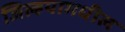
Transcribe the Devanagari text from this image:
जिल्हयामधील